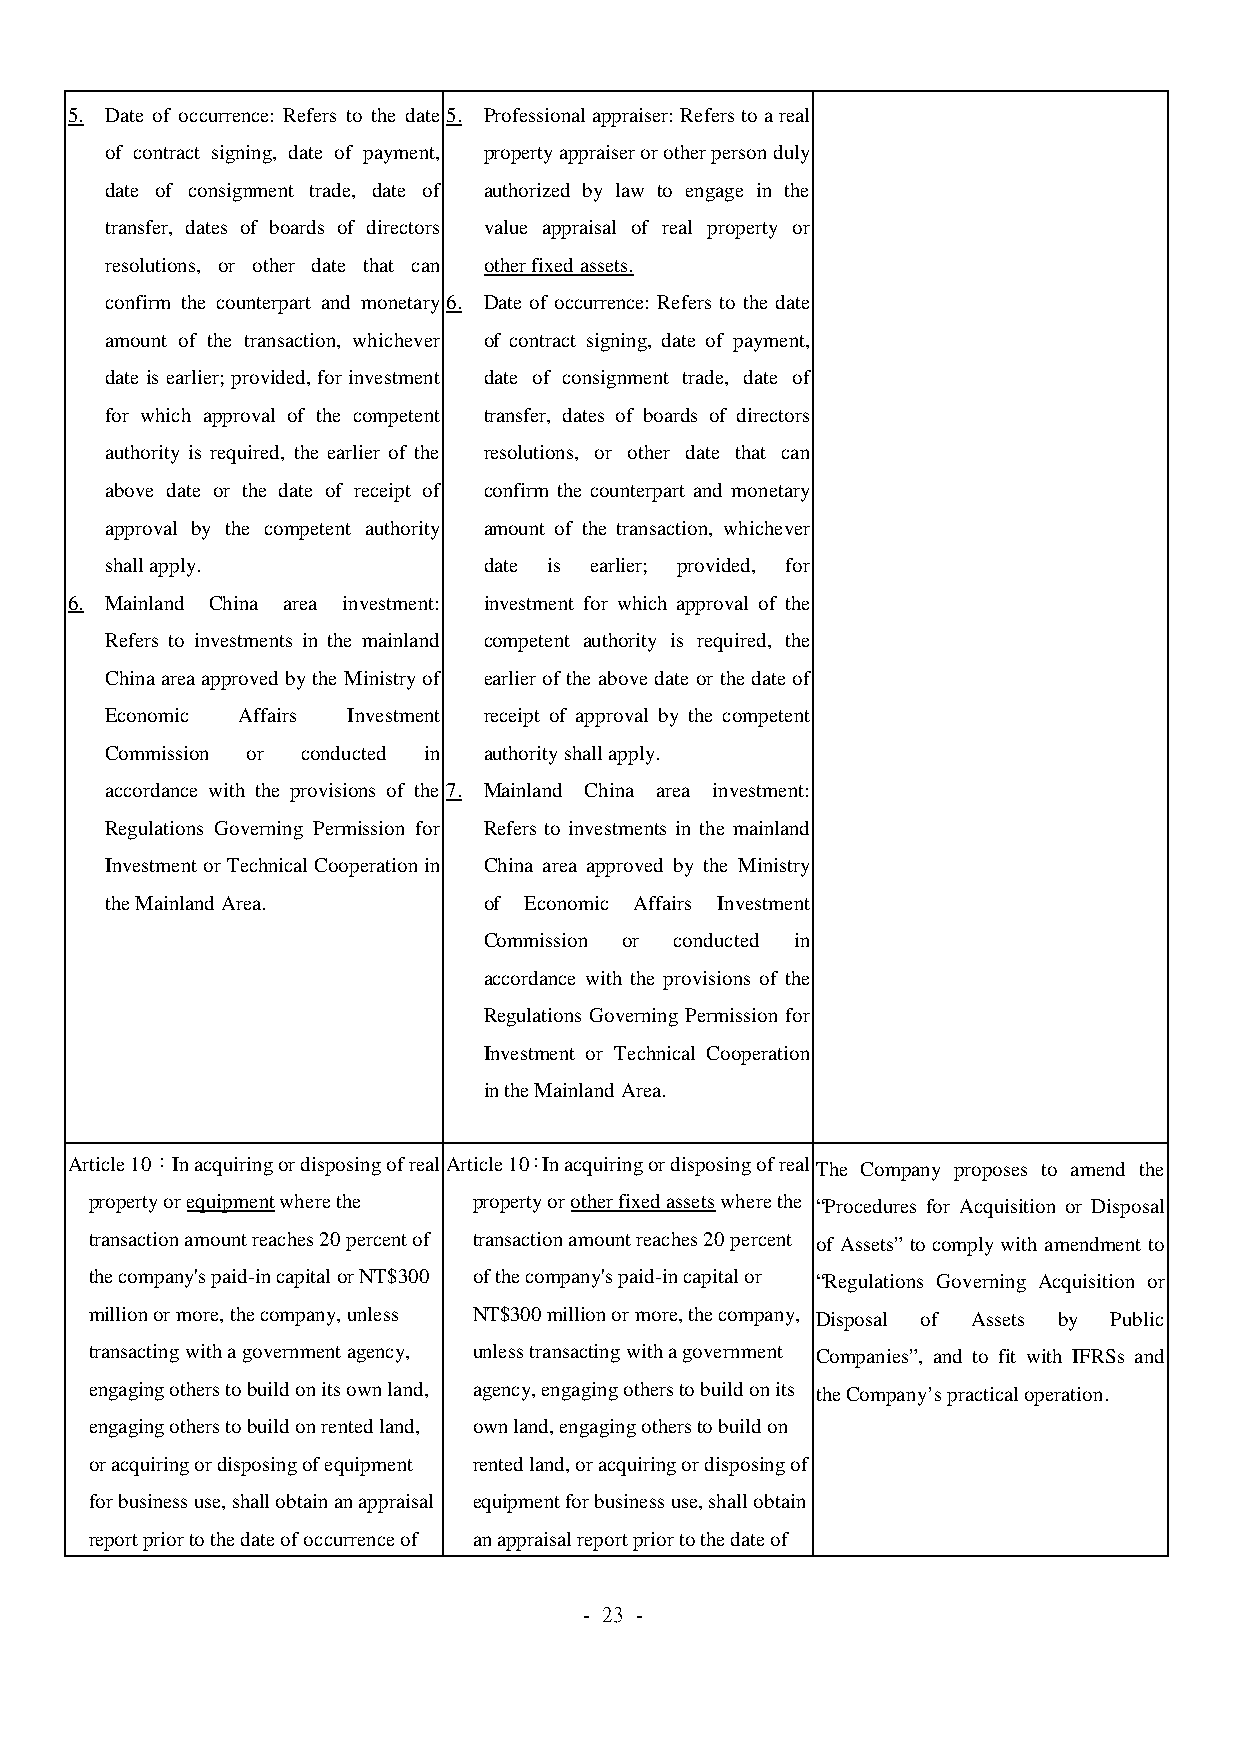
5. Date of occurrence: Refers to the date 5. Professional appraiser: Refers to a real
 of contract signing, date of payment, property appraiser or other person duly
 date of consignment trade, date of authorized by law to engage in the
 transfer, dates of boards of directors value appraisal of real property or
 resolutions, or other date that can other fixed assets.
 confirm the counterpart and monetary 6. Date of occurrence: Refers to the date
 amount of the transaction, whichever of contract signing, date of payment,
 date is earlier; provided, for investment date of consignment trade, date of
 for which approval of the competent transfer, dates of boards of directors
 authority is required, the earlier of the resolutions, or other date that can
 above date or the date of receipt of confirm the counterpart and monetary
 approval by the competent authority amount of the transaction, whichever
 shall apply.             date is earlier; provided, for
 6. Mainland China area investment: investment for which approval of the
 Refers to investments in the mainland competent authority is required, the
 China area approved by the Ministry of earlier of the above date or the date of
 Economic Affairs Investment receipt of approval by the competent
 Commission or conducted in authority shall apply.
 accordance with the provisions of the 7. Mainland China area investment:
 Regulations Governing Permission for Refers to investments in the mainland
 Investment or Technical Cooperation in China area approved by the Ministry
 the Mainland Area.       of Economic Affairs Investment
 Commission or conducted in
 accordance with the provisions of the
 Regulations Governing Permission for
 Investment or Technical Cooperation
 in the Mainland Area.
 Article 10：In acquiring or disposing of real Article 10：In acquiring or disposing of real The Company proposes to amend the
 property or equipment where the property or other fixed assets where the “Procedures for Acquisition or Disposal
 transaction amount reaches 20 percent of transaction amount reaches 20 percent of Assets” to comply with amendment to
 the company's paid-in capital or NT$300 of the company's paid-in capital or “Regulations Governing Acquisition or
 million or more, the company, unless NT$300 million or more, the company, Disposal of Assets by Public
 transacting with a government agency, unless transacting with a government Companies”, and to fit with IFRSs and
 engaging others to build on its own land, agency, engaging others to build on its the Company’s practical operation.
 engaging others to build on rented land, own land, engaging others to build on
 or acquiring or disposing of equipment rented land, or acquiring or disposing of
 for business use, shall obtain an appraisal equipment for business use, shall obtain
 report prior to the date of occurrence of an appraisal report prior to the date of
 - 23 -